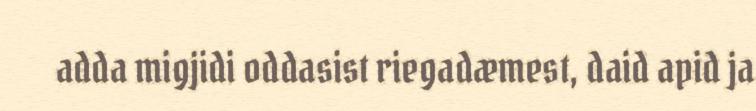
adda migjidi oddasist riegadæmest, daid apid ja